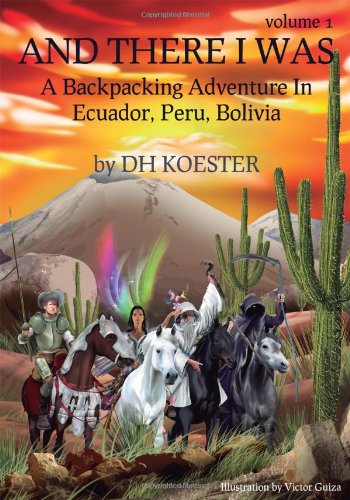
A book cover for And There I Was, Volume I: A Backpacking Adventure In Ecuador, Peru, Bolivia; DH Koester; Travel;